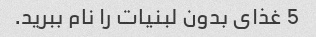
5 غذای بدون لبنیات را نام ببرید.